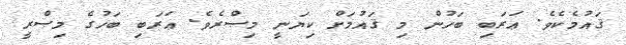
ޤައުމެކެވެ. ޢަރަބި ބަހުން މި ޤައުމަށް ކިޔަނީ މިޞްރެވެ. ޢަރަބި ބަހުގެ މިޞްރީ